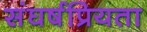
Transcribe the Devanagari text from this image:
संघर्षप्रियता